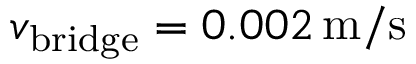
v _ { \mathrm { b r i d g e } } = 0 . 0 0 2 \, \mathrm { m } / \mathrm { s }